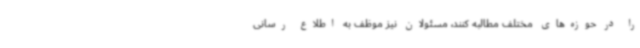
را در حوزه‌های مختلف مطالبه کنند، مسئولان نیز موظف به اطلاع رسانی